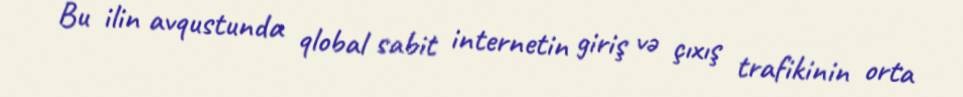
Bu ilin avqustunda qlobal sabit internetin giriş və çıxış trafikinin orta